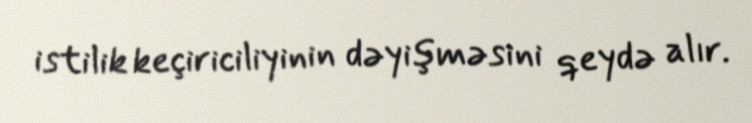
istilik keçiriciliyinin dəyişməsini qeydə alır.